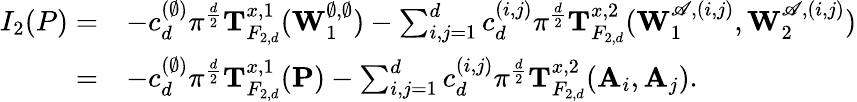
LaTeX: \begin{array}{rl}{I_{2}(P)=}&{-c_{d}^{(\emptyset)}\pi^{\frac{d}{2}}\mathbf T_{F_{2,d}}^{x,1}(\mathbf W_{1}^{\emptyset,\emptyset})-\sum_{i,j=1}^{d}c_{d}^{(i,j)}\pi^{\frac{d}{2}}\mathbf T_{F_{2,d}}^{x,2}(\mathbf W_{1}^{\mathscr{A},(i,j)},\mathbf W_{2}^{\mathscr{A},(i,j)})}\\ {=}&{-c_{d}^{(\emptyset)}\pi^{\frac{d}{2}}\mathbf T_{F_{2,d}}^{x,1}(\mathbf P)-\sum_{i,j=1}^{d}c_{d}^{(i,j)}\pi^{\frac{d}{2}}\mathbf T_{F_{2,d}}^{x,2}(\mathbf A_{i},\mathbf A_{j}).}\end{array}